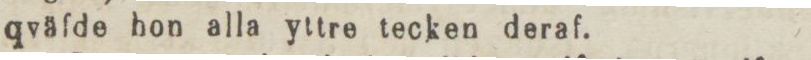
qväfde hon alla yttre tecken deraf.